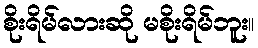
စိုးရိမ်လားဆို မစိုးရိမ်ဘူး။